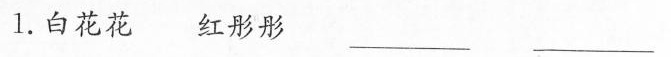
1.白花花 红彤彤 ___ ___